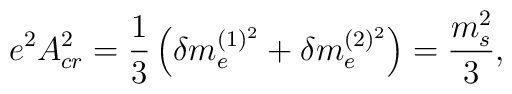
e^2A_{cr}^2 = {1\over 3} \left( \delta m_e^{(1)^2} + \delta m_e^{(2)^2}\right) = {m_s^2\over 3},